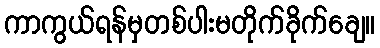
ကာကွယ်ရန်မှတစ်ပါးမတိုက်ခိုက်ချေ။